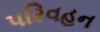
પરિવહન